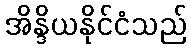
အိန္ဒိယနိုင်ငံသည်